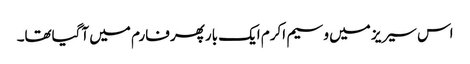
اس سیریز میں وسیم اکرم ایک بارپھر فارم میں آگیاتھا۔